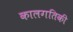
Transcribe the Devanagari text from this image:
कालगतिकी